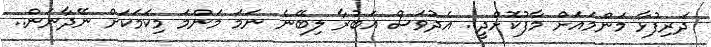
ދަރިފުޅާ މަންމައަށް މާފުކޮށްދީ.. އެދުވަސް އަބުރާ ލިބޭނެ ނަމަ މަންމަ މިކަމަކަށް ނޭދާނަން..